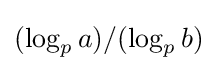
(\log _{p}a)/(\log _{p}b)